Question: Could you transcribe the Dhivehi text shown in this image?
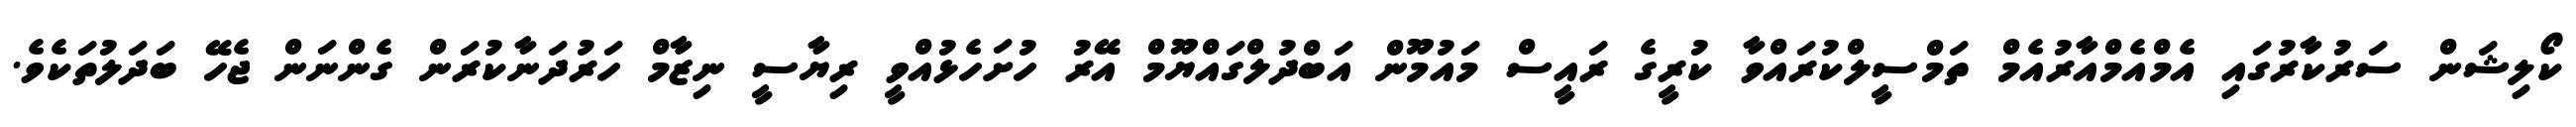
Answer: ކޯލިޝަން ސަރުކާރުގައި އެމްއެމްއާރުއެމް ތަމްސީލްކުރައްވާ ކުރީގެ ރައީސް މައުމޫން އަބްދުލްގައްޔޫމް އޭރު ހުށަހެޅުއްވީ ރިޔާސީ ނިޒާމް ހަރުދަނާކުރަން ގެންނަން ޖެހޭ ބަދަލުތަކެވެ.